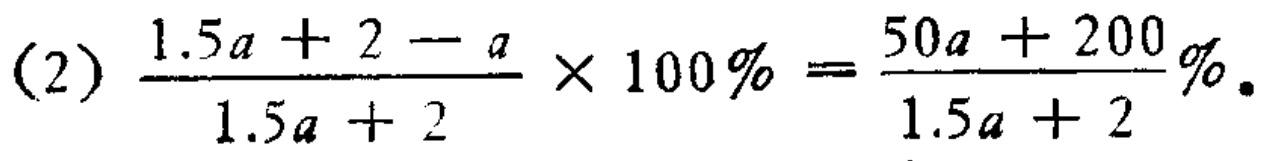
(2) \(\frac{1.5a + 2 - a}{1.5a + 2} \times 100\% = \frac{50a + 200}{1.5a + 2}\% \)